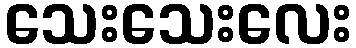
သေးသေးလေး